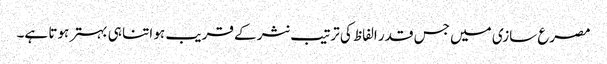
مصرع سازی میں جس قدر الفاظ کی ترتیب نثر کے قریب ہو اتنا ہی بہتر ہوتا ہے۔